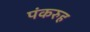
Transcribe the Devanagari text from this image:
पंकरुह